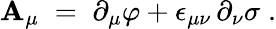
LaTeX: \mathbf{A}_{\mu}\; =\; \partial_{\mu}\varphi+\epsilon_{\mu\nu}\, \partial_{\nu}\sigma\; .